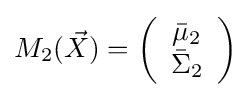
M_{2}({\vec {X}})=\left({\begin{array}{*{20}c}{{\bar {\mu }}_{2}}\\{{\bar {\Sigma }}_{2}}\\\end{array}}\right)